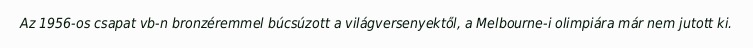
Az 1956-os csapat vb-n bronzéremmel búcsúzott a világversenyektől, a Melbourne-i olimpiára már nem jutott ki.